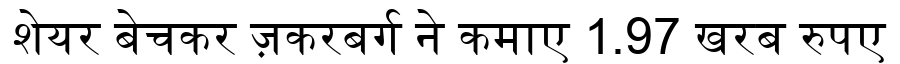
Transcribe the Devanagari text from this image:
शेयर बेचकर ज़करबर्ग ने कमाए 1.97 खरब रुपए